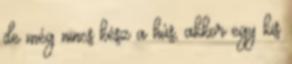
de még nincs kész a hús, akkor egy kis